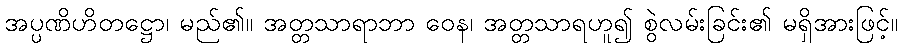
အပ္ပဏိဟိတဋ္ဌော၊ မည်၏။ အတ္တသာရာဘာ ဝေန၊ အတ္တသာရဟူ၍ စွဲလမ်းခြင်း၏ မရှိအားဖြင့်။